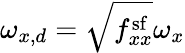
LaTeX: \omega_{x,d}=\sqrt{f_{xx}^{\mathrm{sf}}}\omega_{x}